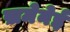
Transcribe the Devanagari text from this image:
ख़मेनेई